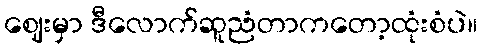
ဈေးမှာ ဒီလောက်ဆူညံတာကတော့ထုံးစံပဲ။